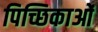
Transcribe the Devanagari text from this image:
पिच्छिकाओं